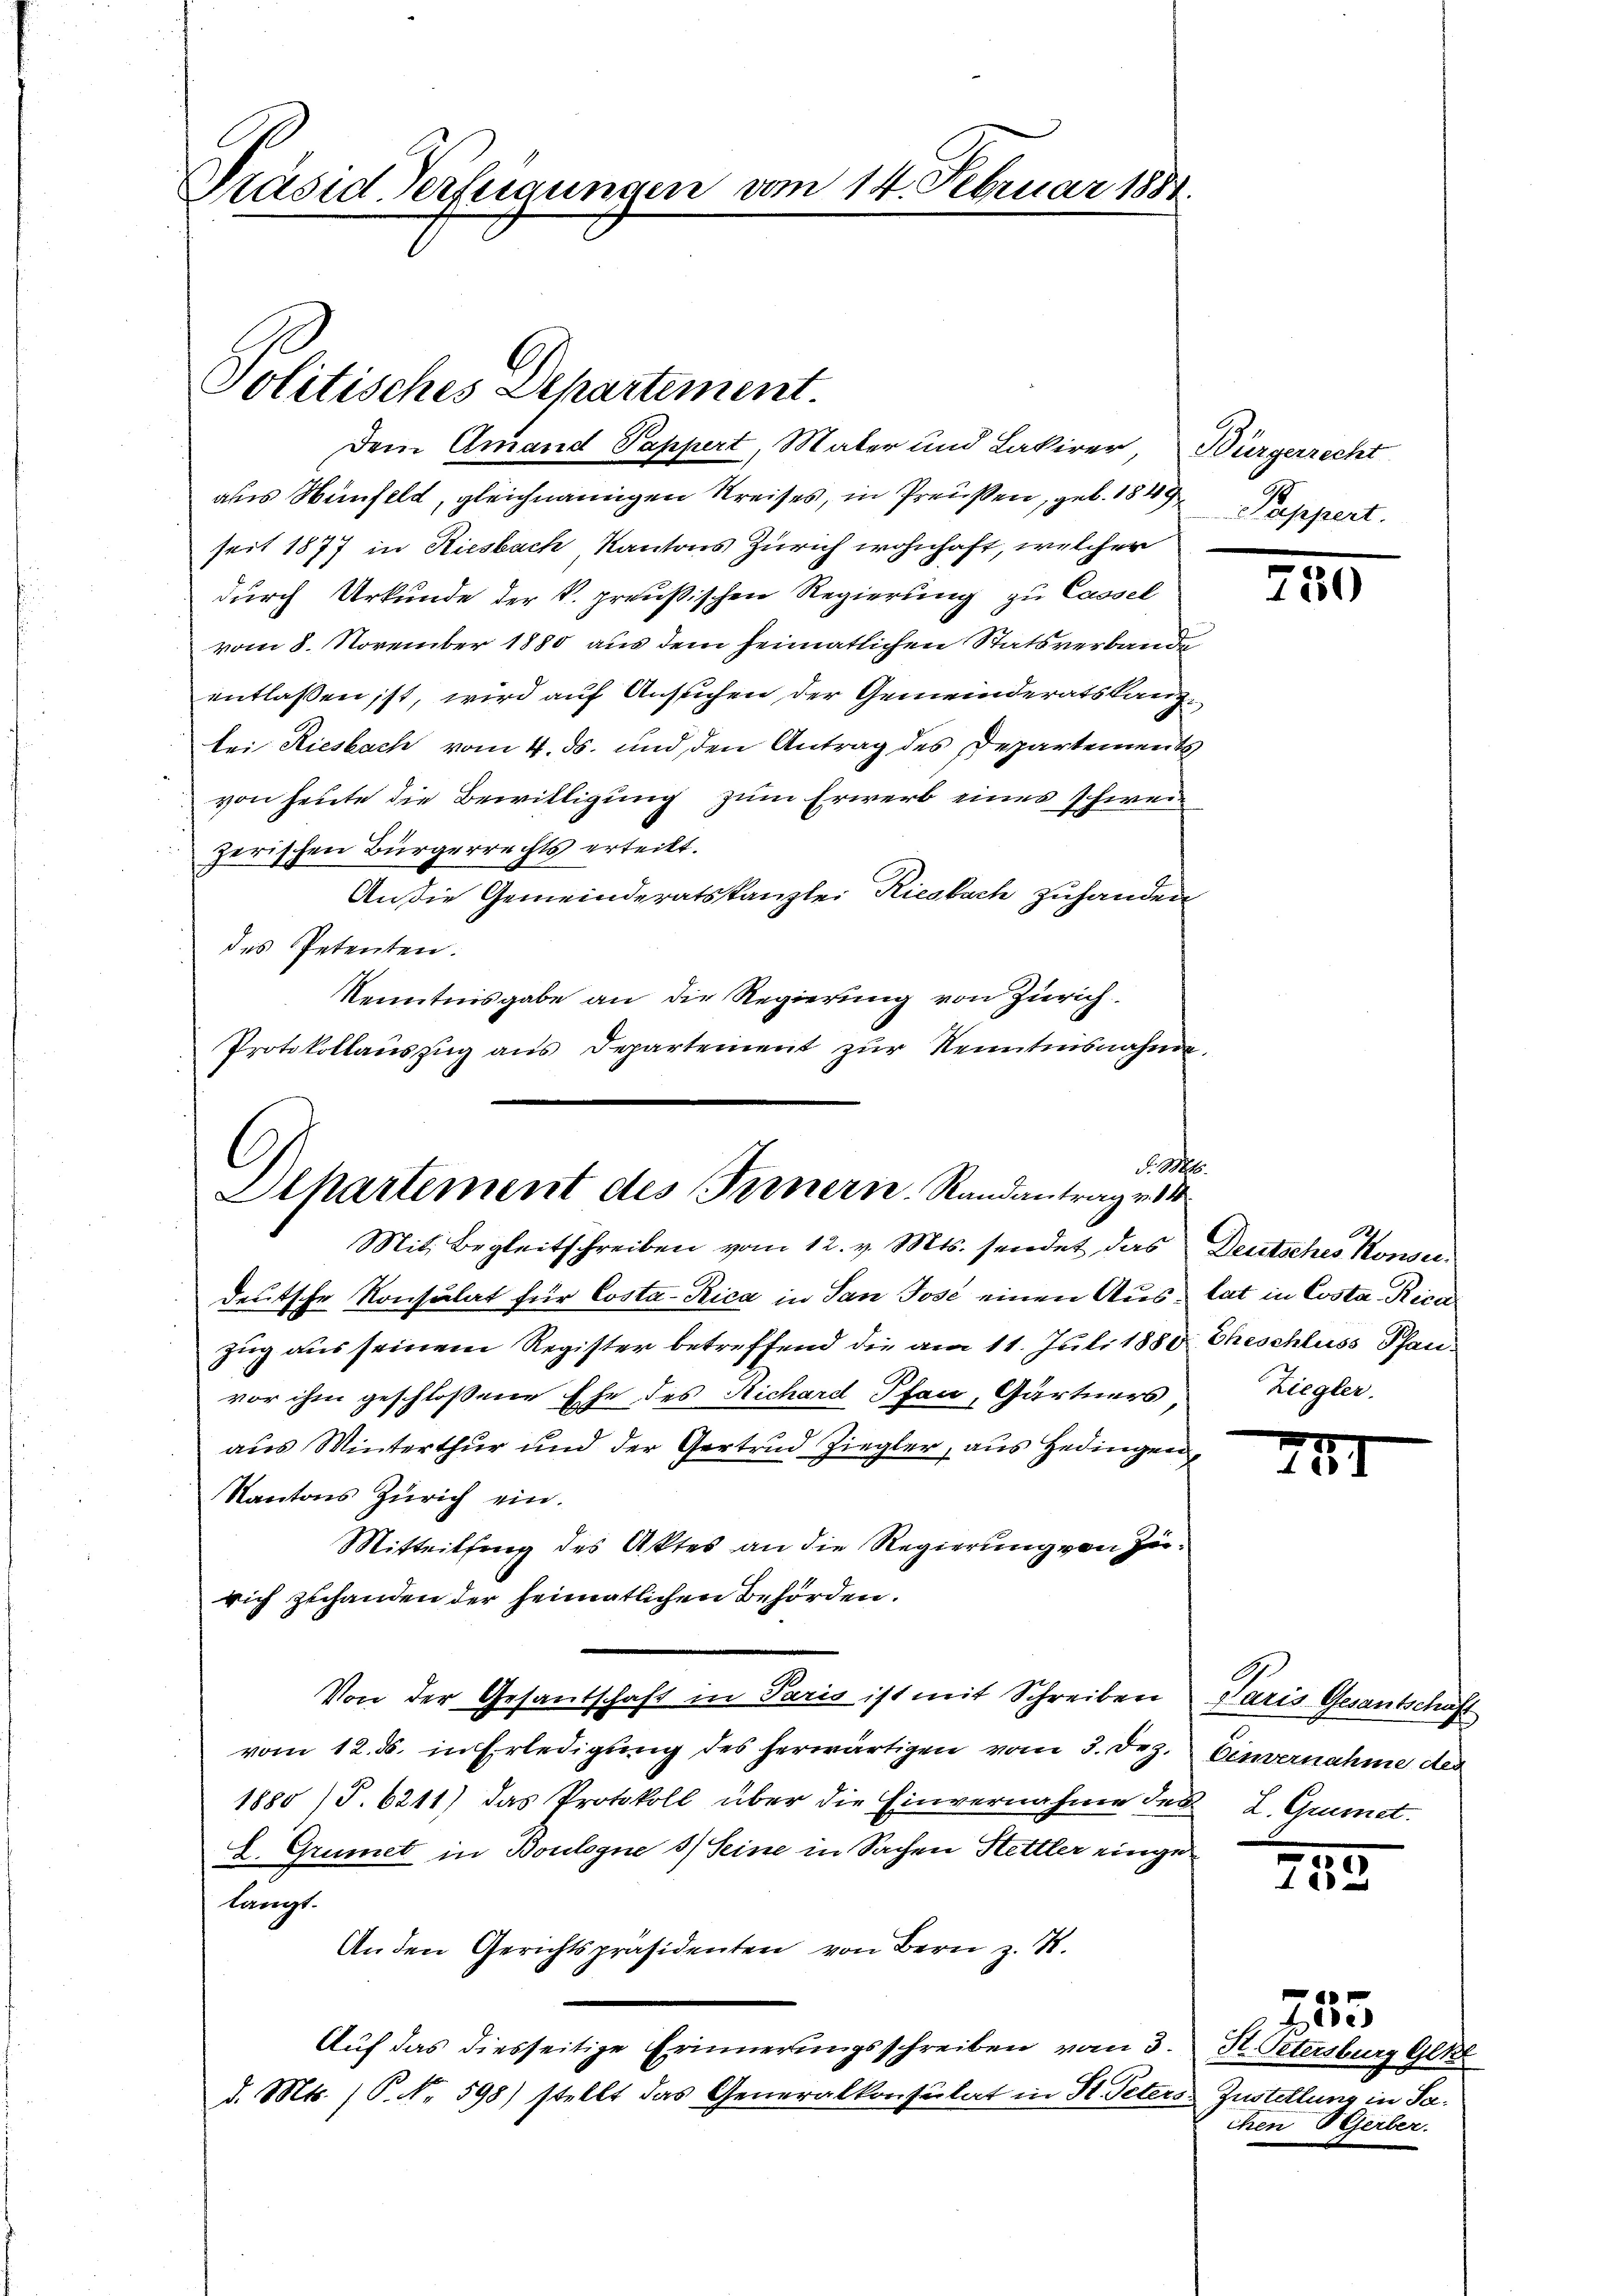
Präsid-Verfügungen vom 14. Februar 1881.

Politisches Departement.

C
No. 1846.
Dlhartement des Fernern. Randantrag v. 1
Mit Begleitschreiben vom 12. v. Mts. sendet, das Deutsches Konsu¬

Dem Amand Pappert, Mater und Lakirer, Bürgerrecht
aus Wünfeld, gleichnamigen Kreises, in Preußen, geb. 1849
seit 1877 in Riesbach Kantons Zürich wohnhaft, welcher
durch Urkunde der k. preußischen Regierung zu Cassel
vom 8. November 1880 aus dem heimatlichen Statsverbande
entlaßen ist, wird auf Ansuchen der Gemeinderatskanzbei Riesbach vom 4. ds. und den Antrag des Departement
von heute die Bewilligung zum Erwerb eines schweizerischen Bürgerrechts erteilt.
An die Gemeinderatskanzlei Riesbach zuhanden
des Petenten.
Kenntnisgabe an die Regierung von Zürich
Protokollaŭszŭg ans Departement zŭr Kenntnisnahme-

deutsche Konsulat für Costa-Rica in San Jose einen Aus- lat in Costa Rica
zug aus seinem Register betreffend die am 11. Juli 1880 Eheschluss Pfanvor ihm geschlossene Ehe des Richard Pfau, Gärtners
aus Winterthur und der Gertrud Ziegler, aus Hedingen,
Kantons Zürich ein.
Mitteilfing des Aktes an die Regierung von Zurich zuhanden der heimatlichen Behörden.
Von der Gesantschaft in Paris ist mit Schreiben Paris Gesantschaft
vom 12. ds. in Erledigung des herwärtigen vom 3. Dez. Einvernahme der
1880) S. 6211) das Protokoll über die Einvernahme des
E. Grumet in Boulogne 5) Seine in Sachen Hettler eingelangt.
An den Gerichtspräsidenten von Bern z. S.
Auf das diesseitige Erinnerungsschreiben vom 3. K. Oetersburg Gl
d. Mts. (T. No. 598) stellt das Generalkonsulat in St. Peters.

Pappert.

110

Ziegler.

247

L. Grünet.

755

d
e
Zustellung in Sachen BGerber.